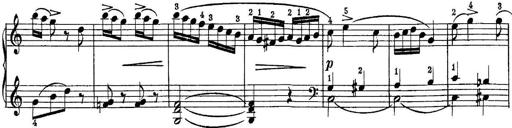
Title: Quatres sonatines
Composer: Tadeusz Joteyko